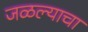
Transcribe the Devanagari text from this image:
जळल्याचा